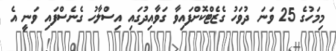
މިމަހުގެ 25 ވަނަ ދުވަހު ގެޒެޓްކޮށްފައިވާ ގަވާއިދުގައި އިސްލާހު ގެނެސްފައި ވަނީ އެ